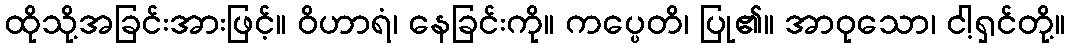
ထိုသို့အခြင်းအားဖြင့်။ ဝိဟာရံ၊ နေခြင်းကို။ ကပ္ပေတိ၊ ပြု၏။ အာဝုသော၊ ငါ့ရှင်တို့။